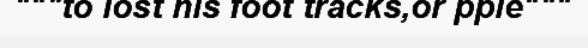
"""to lost his foot tracks,or pple"""